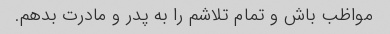
مواظب باش و تمام تلاشم را به پدر و مادرت بدهم.